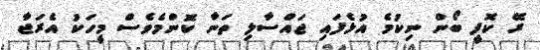
ރޭ ކޮފީ ބޯން ނިކުމެ އުޅެފައި ޖައްސާލި ތަނާ ކޮންމެވެސް މީހަކު އެރަޖާ